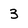
Character: 3